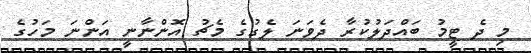
މި ދެ ޓީމު ބައްދަލުކުރާ ދެވަނަ ލެގުގެ މެޗު އޮންނާނީ އަންނަ މަހުގެ